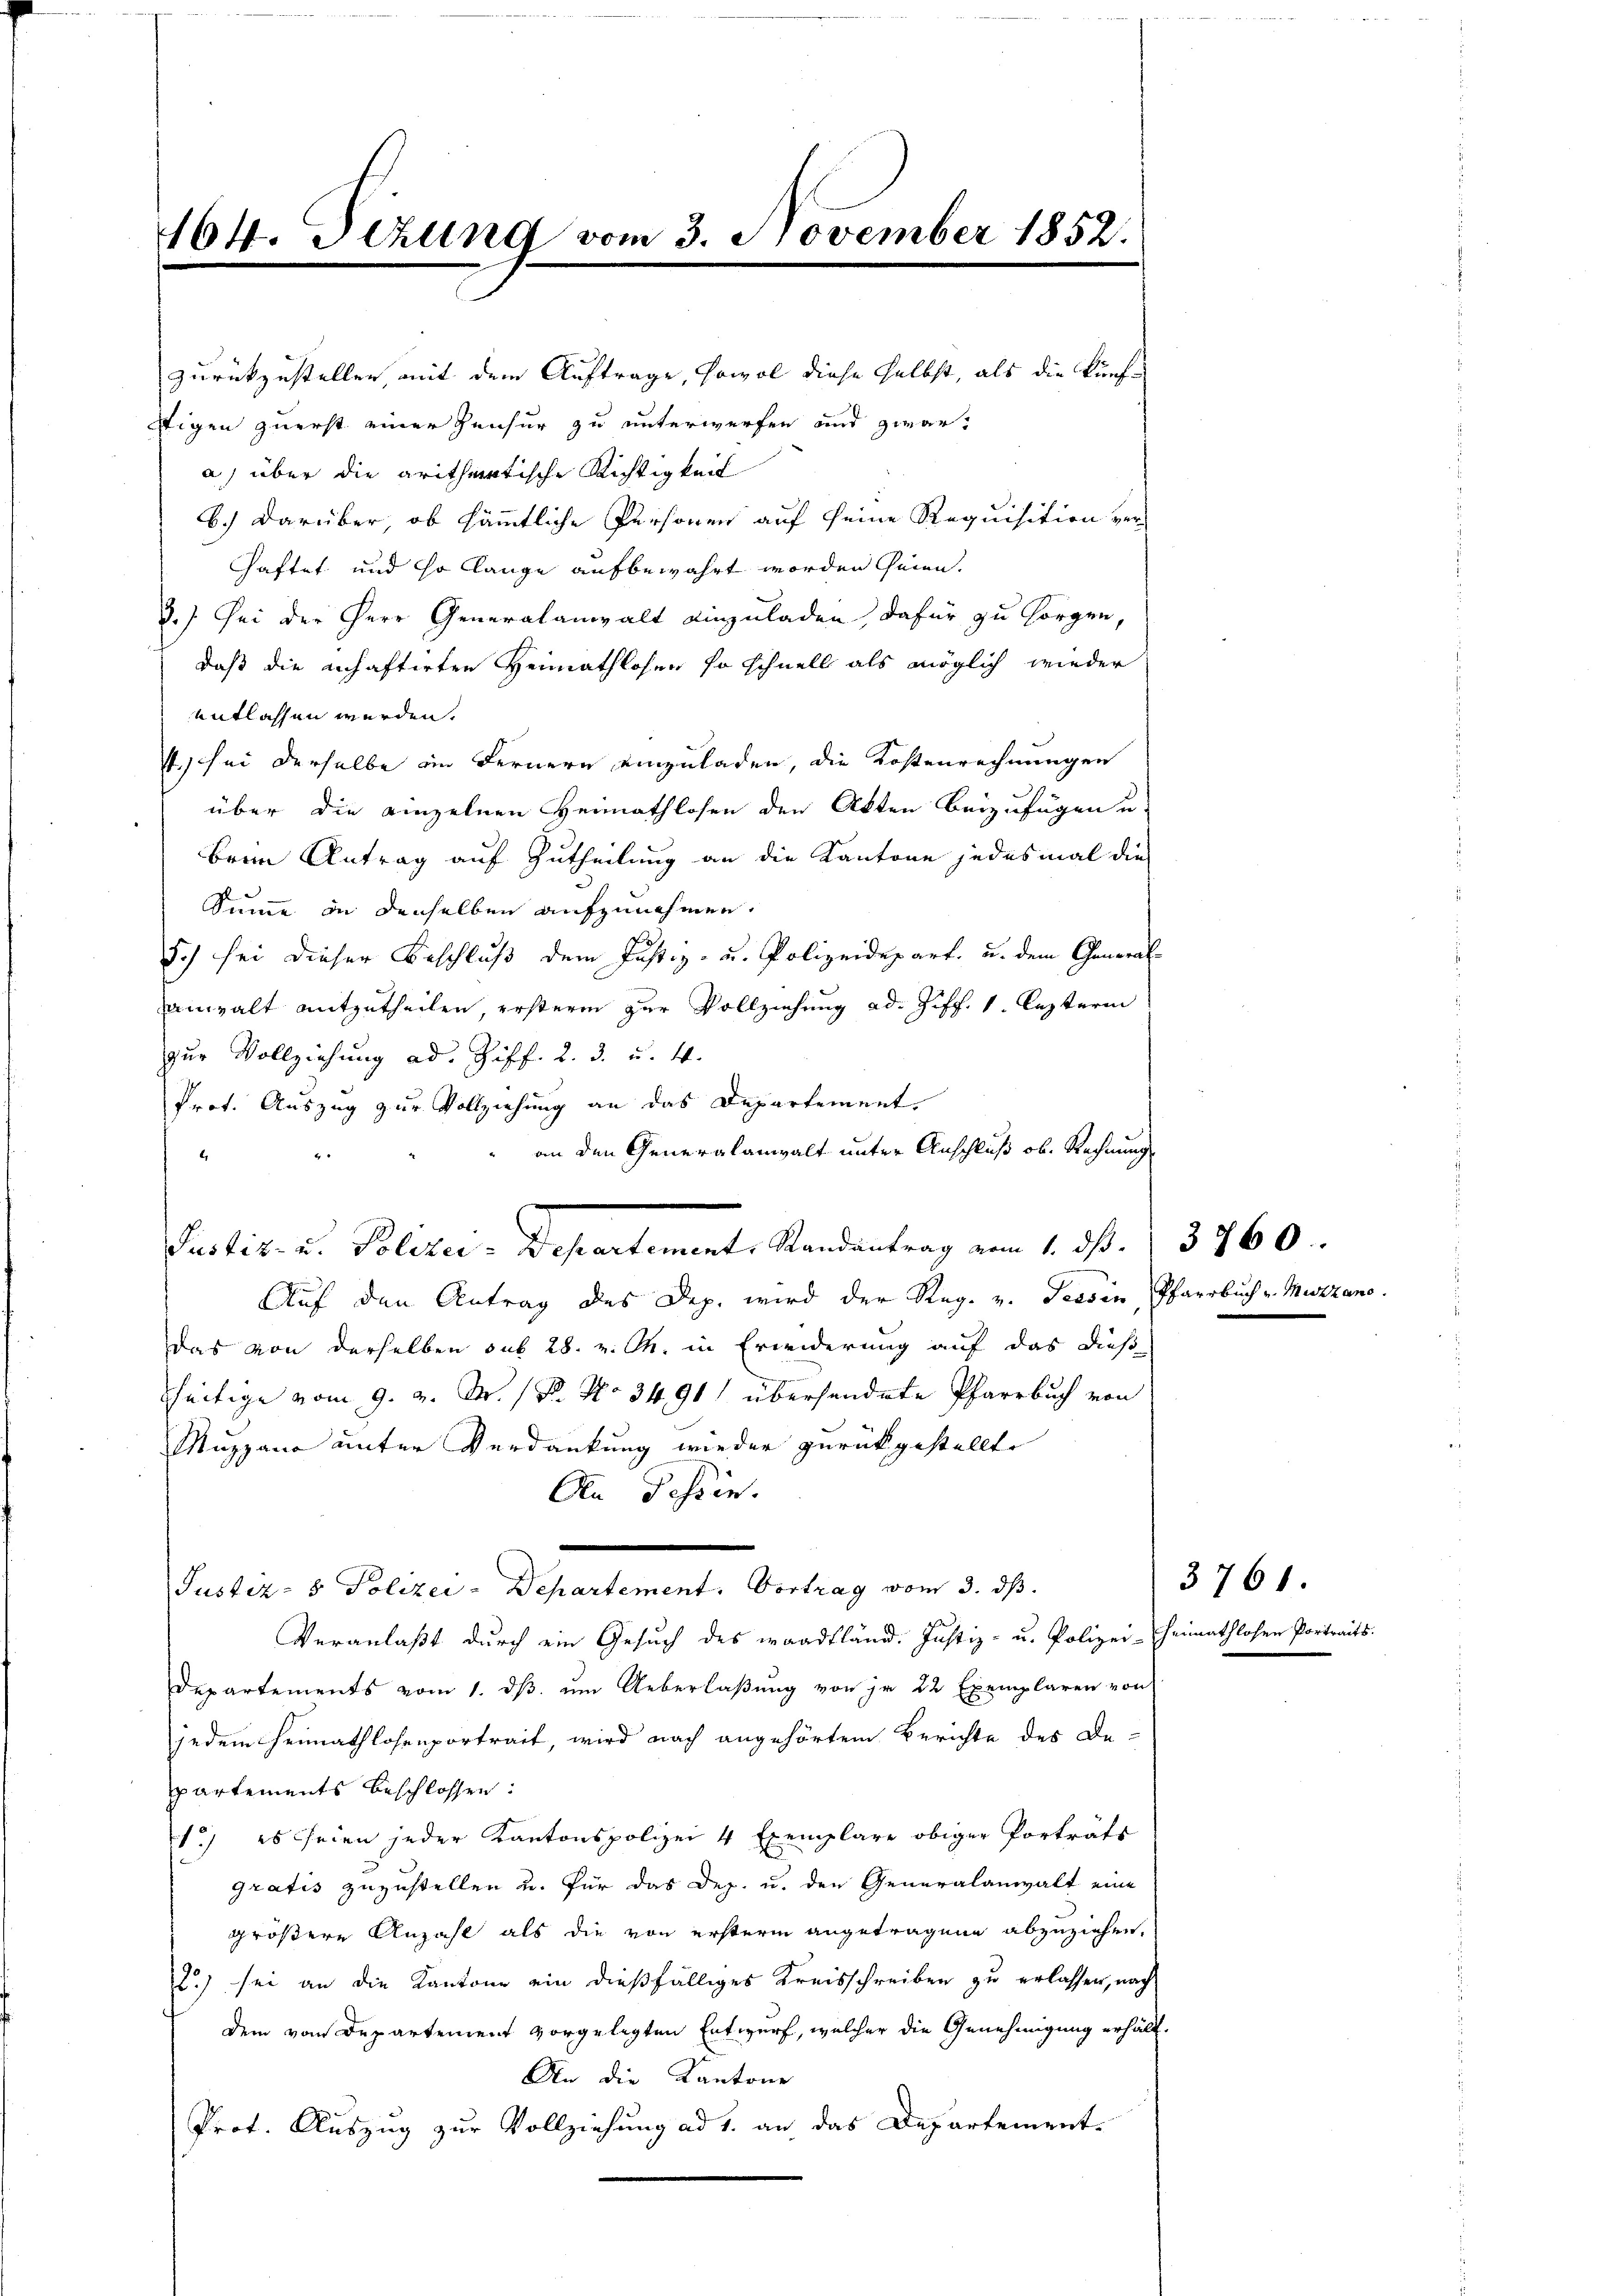
164. Dezung vom 3. November 1852.

zurückzustellen, mit dem Auftrage, sowol diese selbst, als die künfstigen zuerst einer Zensur zu unterwerfen und zwar,
a) über die aritheatische Richtigkeit
b.) Darüber, ob sämmtliche Personen auf seine Requisition ver-
haftet und so lange aufbewahrt worden seien.
3.) Sei der Herr Generalanwalt einzuladen, dafür zu sorgen,
daß die anhaftirten Heimathlosen so schnell als möglich wieder
entlassen werden.
4. sei derselbe ein Fernern einzuladen, die Kostenrechnungen
über die einzelnen Heimathlosen den Akten beizufügen u.
Beim Antrag auf Zutheilung an die Kantone jedesmal die
Summe in denselben aufzunehmen.
Ich sei dieser Beschluß dem Justiz- u. Polizeidepart, u. dem General-
anwalt mitzutheilen, erstern zur Vollziehung ad. Ziff. 1. lezterm
zur Vollziehung ad. Ziff. 2. 3. u. 4.
Prot. Auszug zur Vollziehung an das Departement.
an den Generalanwalt unter Anschluß ob. Rechnung
b
Pustiz- u. Polizei-Departement, Randantrag vom 1. ds. 3760.
Auf den Antrag des Dep. wird der Reg. v. Tessin, Pfarrbuch v. Muzzano
Das von derselben sub 28. v. M. in Erwiderung auf das dieß
tseitige vom 9. v. M. R. No 3491) übersendete Pfarrbuch von
Muzzano unter Verdankung wieder zurückgestellte
An Tessin.
Justiz- & Polizei-Departement. Vortrag vom 3. ds.
Veranlaßt durch ein Gesuch des waadtländ. Justiz- u. Polizei-heimathlosen Portra
departements vom 1. dβ ŭm Ueberlaβŭng von je 22 Exemplaren von
jedem Heimathlosenportrait, wird nach angehörtem Berichte des De-
partements beschlossen:
1) es seien jeder Kantonspolizei 4 Exemplare obiger Porträts
gratis zuzustellen u. für das Dep. u. den Generalanwalt eine
größere Anzahl als die von ersterm angetragene abzuziehen.
2) sei an die Kantone ein dießfälliges Kreisschreiben zu erlassen, nach
dem vom Departement vorgelegten Entwurf, welcher die Genehmigung erhält.
An die Kantone
Prot. Auszug zur Vollziehung ad 1. an, das Departement-

3761.